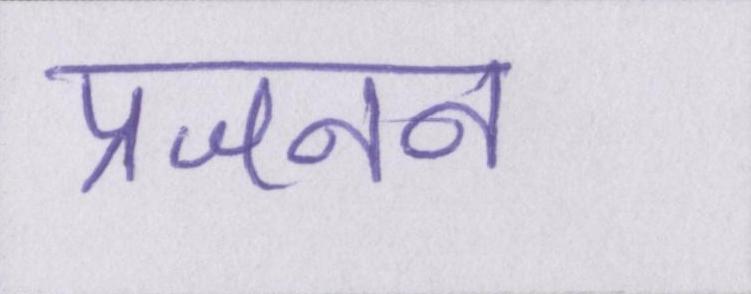
प्रजनन